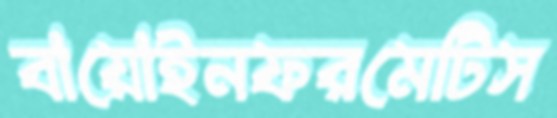
বায়োইনফরমেটিস